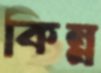
কিন্ন